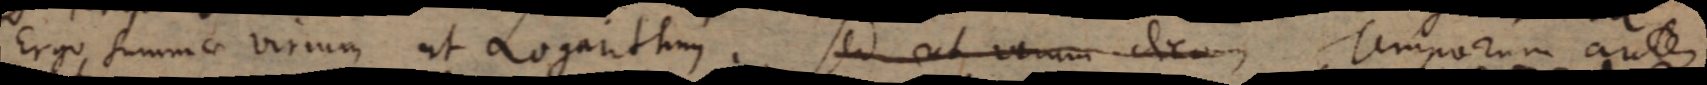
Ergo summae virium ut Logarithmi. Sed ut verum dicam Temporum autem